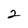
Character: 2